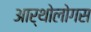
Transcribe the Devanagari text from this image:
आर्थोलोगस